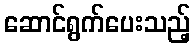
ဆောင်ရွက်ပေးသည့်